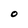
Character: O